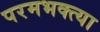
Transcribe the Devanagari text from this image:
परमभक्त्या